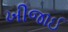
ખીજાઈ